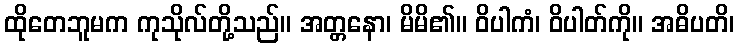
ထိုတေဘူမက ကုသိုလ်တို့သည်။ အတ္တနော၊ မိမိ၏။ ဝိပါကံ၊ ဝိပါတ်ကို။ အဓိပတိ၊